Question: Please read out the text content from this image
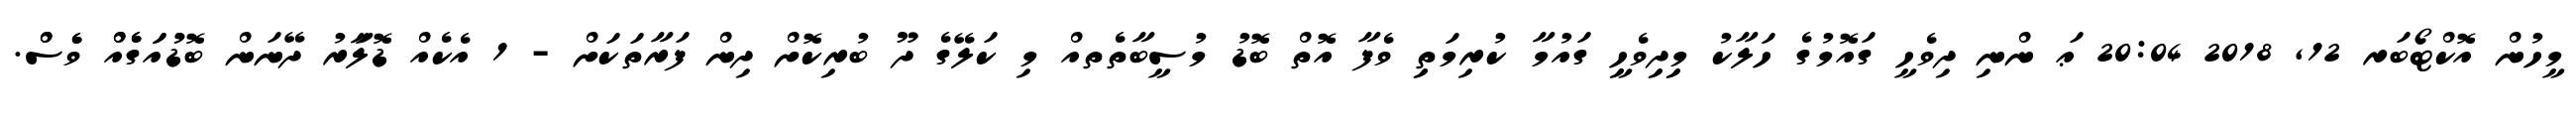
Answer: މީހުން އޮކްޓޯބަރ 12, 2018 20:04 ޢަ ންނި ދިވެހީ ގައޮމުގެ ހަލާކު މިިދިިވެހީި ގައުމާ ކުރިމަތިި ވެފާ އޮތް ބޮޑު މުސީބާތެތއް މި ކަލޭގެ ދޫ ބުރިކޮށް ދިން ފަރާތަކަށް - 1 އެކެއް ޑޮލަާރު ދޭނަން ބޮޑުުއަަގެެއްް ވެެސްް.